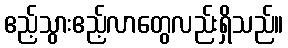
ဧည့်သွားဧည့်လာတွေလည်းရှိသည်။